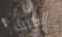
الطبيب